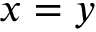
x = y